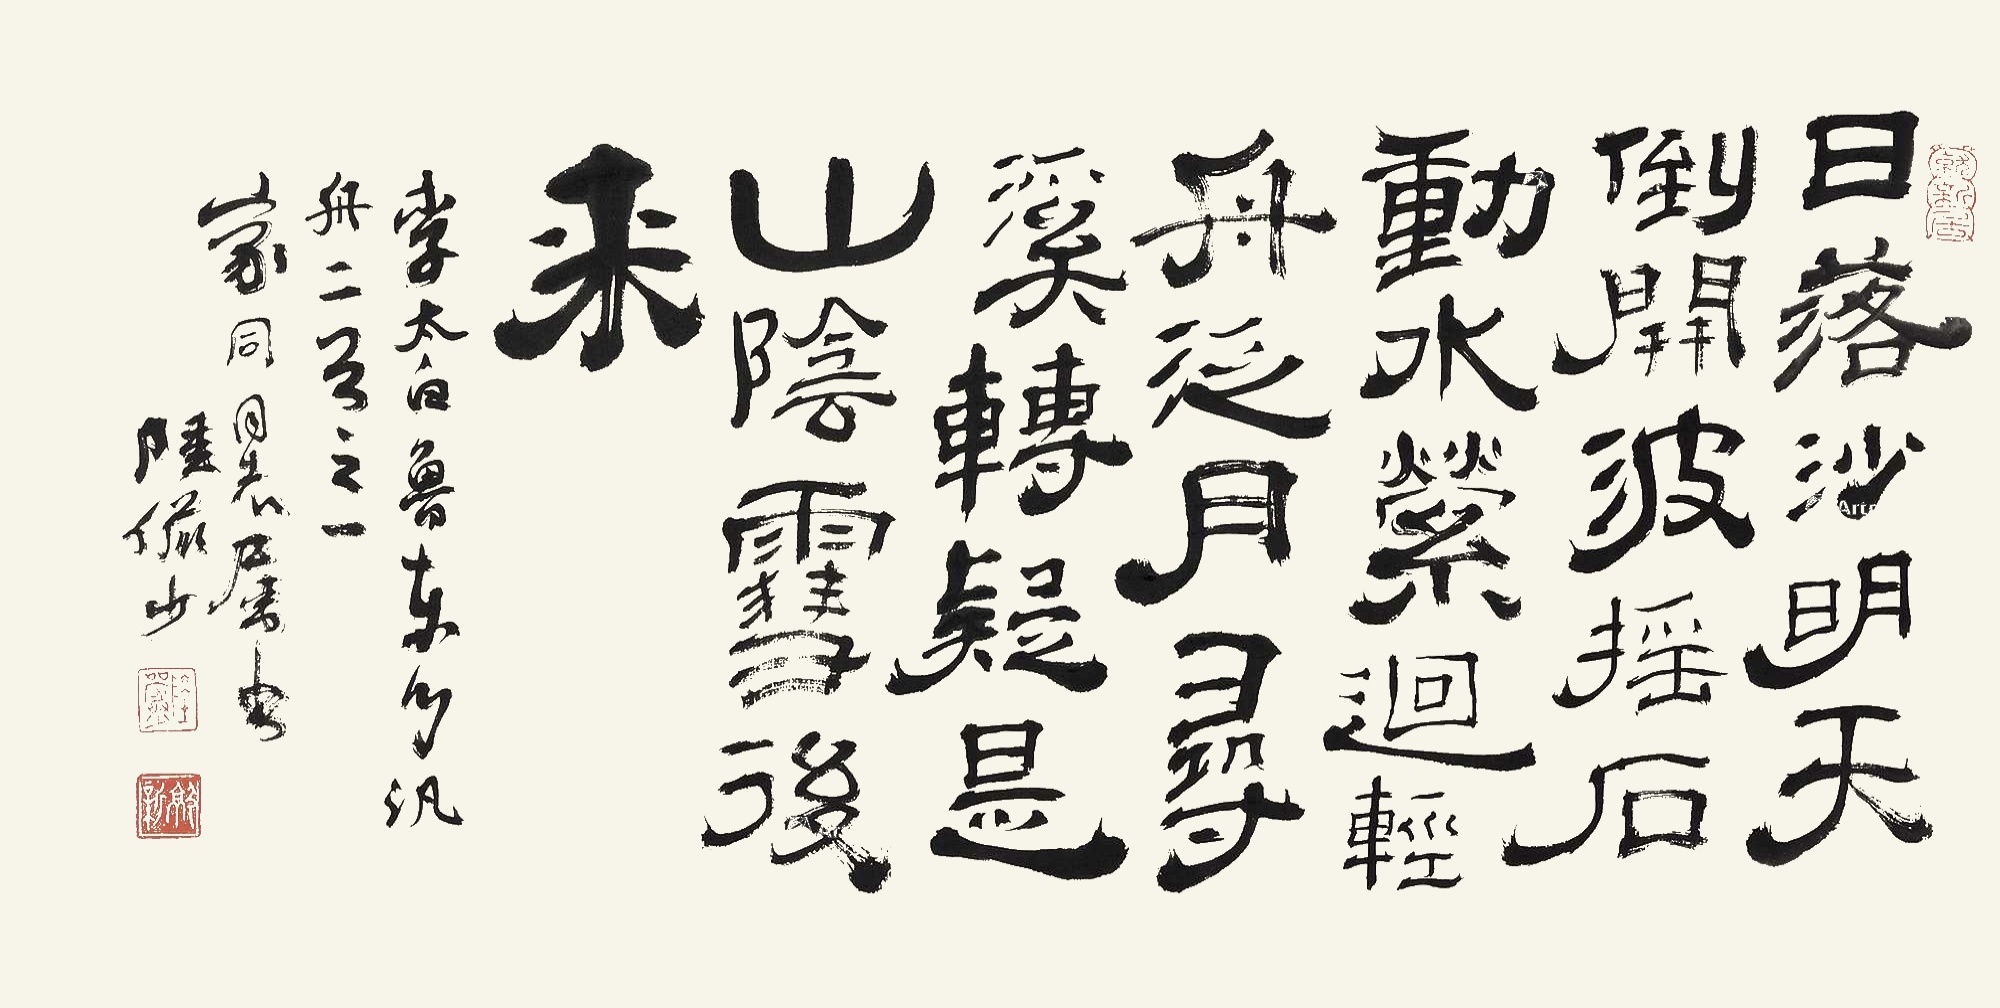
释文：日落沙明天倒开，波摇石动水萦回。轻舟泛月寻溪转，疑是山阴雪后来。李太白鲁东门泛舟二首之一，家同同志属书，陆俨少。